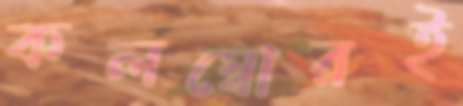
কলম্বোরই